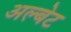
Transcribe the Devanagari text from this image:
अल्बेट